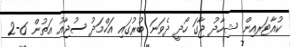
ކުއާޓަރއިން ޝިހާދު ޖާގަ ހޯދީ ދެވަނަ ބުރުގައި އަހްމަދު ސުޖާއު އަތުން 6-2